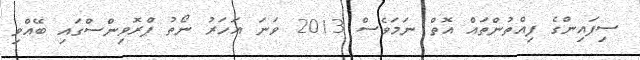
ސިފައިންގެ ފިއްތުންތައް އޮތް ނަމަވެސް 2013 ވަނަ އަހަރު ނޯތު ޕްރޮވިންސްގައި ބޭއްވި